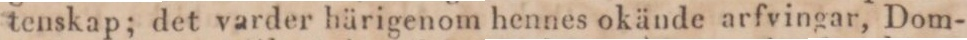
tenskap; det varder härigenom hennes okände arfvingar, Dom-